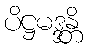
ပိဋ္ဌမဒ္ဒန္တိ